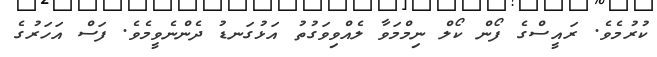
ކުރުމެވެ. ރައީސްގެ ފޯން ކޯލް ނިމްމަވާ ލެއްވިވަގުތު އަޅުގަނޑު ދެންނެވީމެވެ. ފަސް އަހަރުގެ